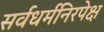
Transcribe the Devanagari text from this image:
सर्वधर्मनिरपेक्ष